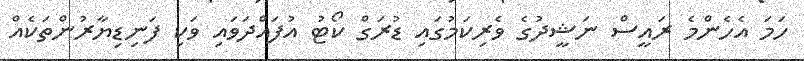
ހަމަ އެހެންމެ ރައީސް ނަޝީދުގެ ވެރިކަމުގައި ޑުރަގް ކޯޓު އުފައްދަވައި ވަކި ފަނިޑިޔާރުންތަކެއް